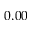
0 . 0 0